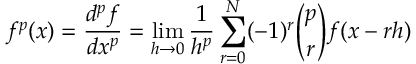
f ^ { p } ( x ) = { \frac { d ^ { p } f } { d x ^ { p } } } = \operatorname* { l i m } _ { h \rightarrow 0 } { \frac { 1 } { h ^ { p } } } \sum _ { r = 0 } ^ { N } ( - 1 ) ^ { r } \binom { p } { r } f ( x - r h )